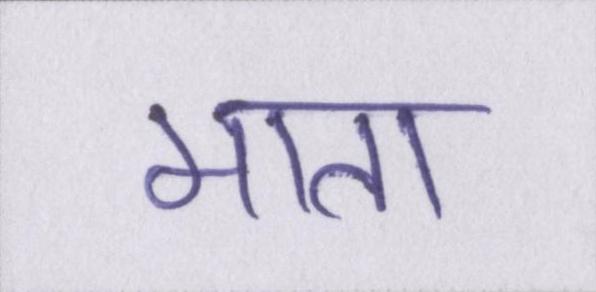
माता